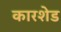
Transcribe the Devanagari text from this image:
कारशेड